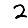
Digit: 2